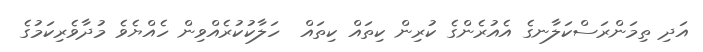
އަދި ތިމަންރަސްކަލާނގެ އެއުރެންގެ ކުރިން ކިތައް ކިތައް  ހަލާކުކުރެއްވިން ހެއްޔެވެ މުދާވެރިކަމުގެ